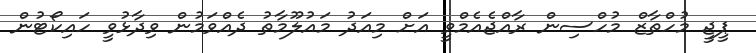
ޕީޖީ މުހްތާޒް މުހްސިން ރާއްޖެއެމްވީ އަށް މިއަދު މައުލޫމާތު ދެއްވަމުން ވިދާޅުވީ ހައިކޯޓުން